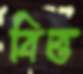
বিত্ত